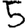
Digit: 5